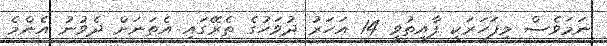
ނަމަވެސް މިފަހަރަކީ ފާއިތުވީ 14 އަހަރު ދުވަހުގެ ތެރޭގައި އެތަނަށް ދެވުނު އެންމެ